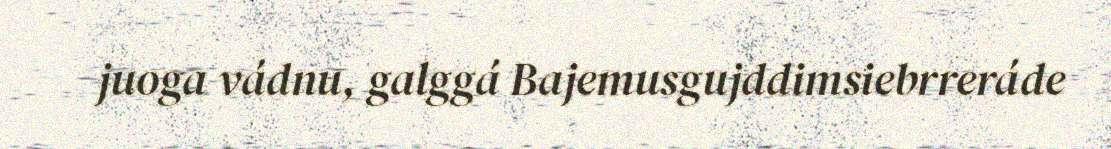
juoga vádnu, galggá Bajemusgujddimsiebrreráde